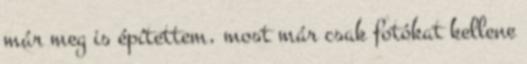
már meg is építettem, most már csak fotókat kellene